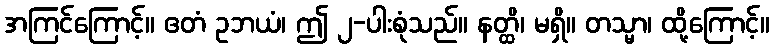
အကြင်ကြောင့်။ ဧတံ ဥဘယံ၊ ဤ ၂-ပါးစုံသည်။ နတ္ထိ၊ မရှိ။ တသ္မာ၊ ထို့ကြောင့်။